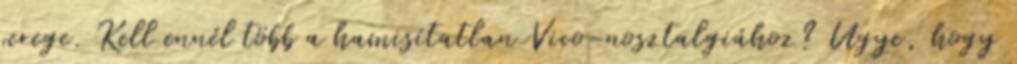
serege. Kell ennél több a hamisítatlan Vico-nosztalgiához? Ugye, hogy